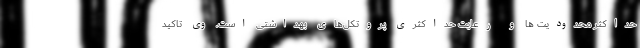
حداکثر محدودیت ها و رعایت حداکثری پروتکل‌های بهداشتی است. وی تاکید